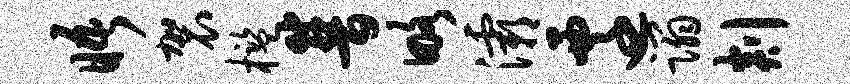
晤袈槛普略灞迁蹋剡